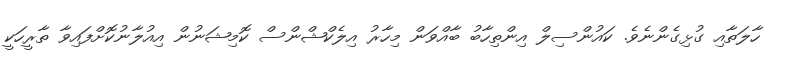
ހާލަތާއި ގުޅިގެންނެވެ. ކައުންސިލް އިންތިހާބު ބާއްވަން މިހާރު އިލެކްޝްންސް ކޮމިޝަނުން އިއުލާނުކޮށްފައިވާ ތާރީހަކީ